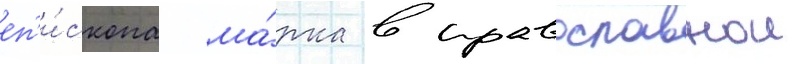
еп'и́скопа ма́рка в православнои